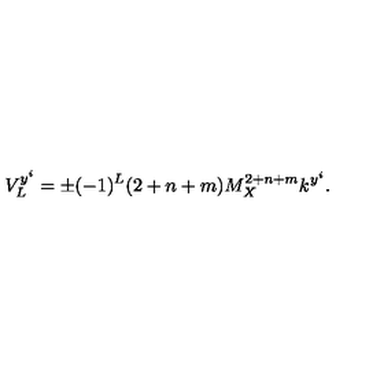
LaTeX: V _ { L } ^ { y ^ { i } } = \pm ( - 1 ) ^ { L } ( 2 + n + m ) M _ { X } ^ { 2 + n + m } k ^ { y ^ { i } } . \,